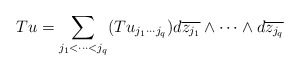
\begin{align*} Tu=\sum\limits_{j_1<\cdots<j_q}(Tu_{j_1\cdots j_q})d\overline{z_{j_1}}\wedge\cdots\wedge d\overline{z_{j_q}}\end{align*}